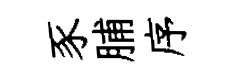
豕脯序